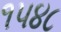
૧૫૪૮